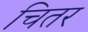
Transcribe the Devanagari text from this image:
चितर